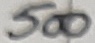
Text: 500